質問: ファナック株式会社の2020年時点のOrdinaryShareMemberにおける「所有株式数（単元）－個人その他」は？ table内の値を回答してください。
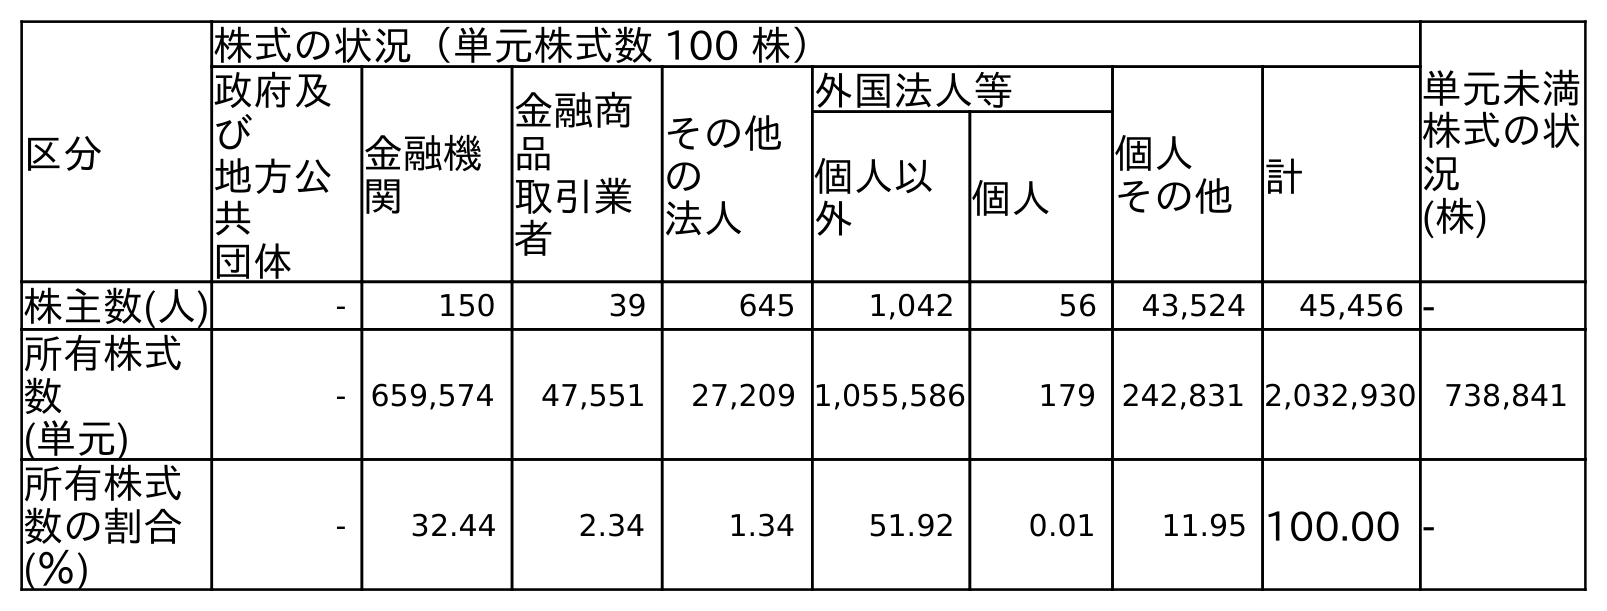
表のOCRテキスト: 区分 株式の状況（単元株式数 100 株） 単元未満 株式の状 況 (株) 政府及 び 地方公 共 団体 金融機 関 金融商 品 取引業 者 その他 の 法人 外国法人等 個人 その他計 個人以 外 個人 株主数(人) - 150 39 645 1,042 56 43,524 45,456 - 所有株式 数 (単元) - 659,574 47,551 27,209 1,055,586 179 242,831 2,032,930 738,841 所有株式 数の割合 (％) - 32.44 2.34 1.34 51.92 0.01 11.95 100.00 -
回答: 242,831